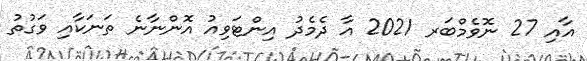
އާއި 27 ނޮވެމްބަރ 2021 އާ ދެމެދު އިންޓަވިއު އޮންނާނެ ތަނަކާއި ވަގުތު